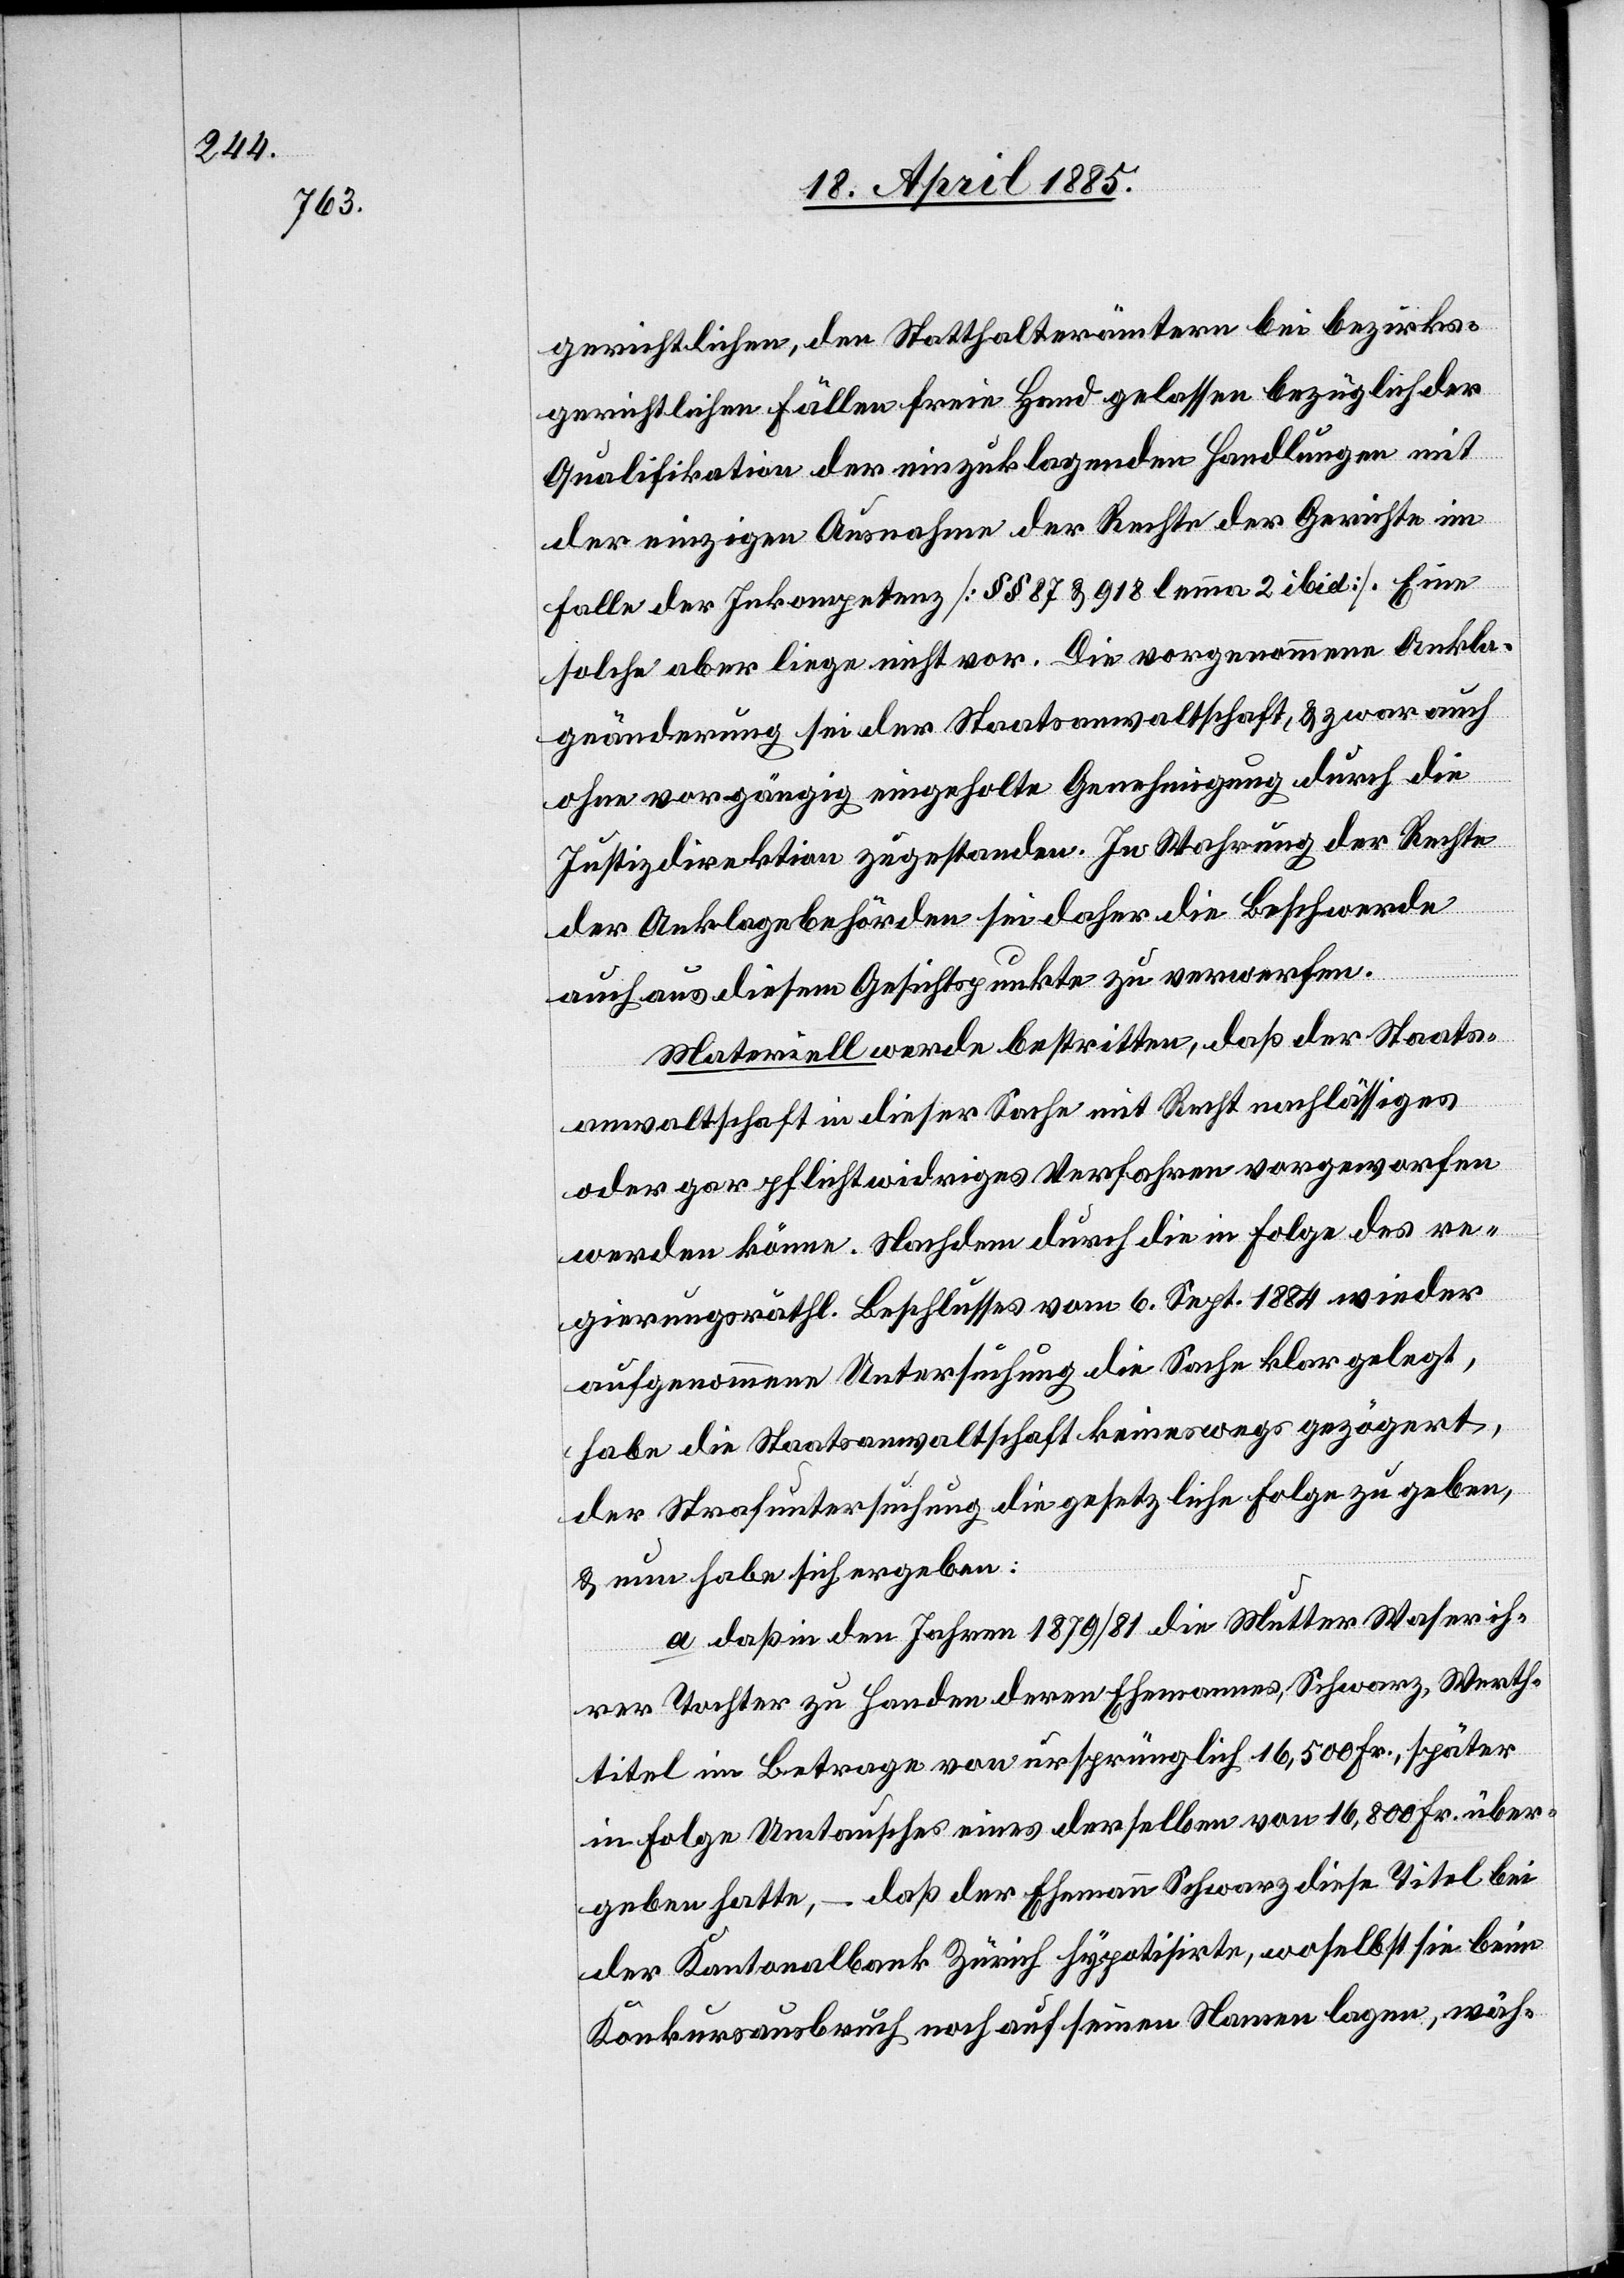
gerichtlichen, den Statthalterämtern bei bezirks¬
gerichtlichen Fällen freie Hand gelassen bezüglich der
Qualifikation der einzuklagenden Handlungen mit
der einzigen Ausnahme der Rechte der Gerichte im
Falle der Inkompetenz [§§ 87 & 918 lemma 2 ibid]. Eine
solche aber liege nicht vor. Die vorgenommene Ankla¬
geänderung sei der Staatsanwaltschaft, & zwar auch
ohne vorgängig eingeholte Genehmigung durch die
Justizdirektion zugestanden. In Wahrung der Rechte
der Anklagebehörden sei daher die Beschwerde
auch aus diesem Gesichtspunkte zu verwerfen.
Materiell werde bestritten, daß der Staats¬
anwaltschaft in dieser Sache mit Recht nachlässiges
oder gar pflichtwidriges Verfahren vorgeworfen
werden könne. Nachdem durch die in Folge des re¬
gierungsräthl. Beschlusses vom 6. Sept. 1884 wieder
aufgenommenen Untersuchung die Sache klargelegt,
habe die Staatsanwaltschaft keineswegs gezögert,
der Strafuntersuchung die gesetzliche Folge zu geben,
& nun habe sich ergeben:
a. daß in den Jahren 1879/81 die Mutter Waser ih¬
rer Tochter zu Handen deren Ehemannes, Schwarz, Werth¬
titel im Betrage von ursprünglich 16,500 Fr., später
in Folge Umtausches eines derselben von 16,800 Fr. über¬
geben hatte, – daß der Ehemann Schwarz diese Titel bei
der Kantonalbank Zürich hypotisirte, woselbst sie beim
Konkursausbruch noch auf seinen Namen lagen, wäh-